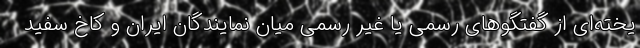
یخته‌ای از گفتگوهای رسمی یا غیر رسمی میان نمایندگان ایران و کاخ سفید